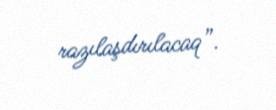
razılaşdırılacaq”.